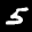
Label: 5